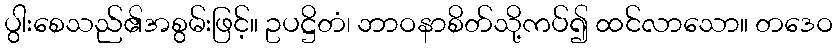
ပွါးစေသည်၏အစွမ်းဖြင့်။ ဥပဋ္ဌိတံ၊ ဘာဝနာစိတ်သို့ကပ်၍ ထင်လာသော။ တဒေဝ